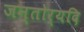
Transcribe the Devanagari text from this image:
जन्तोर्यदि